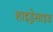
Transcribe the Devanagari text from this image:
हाइड्रेसाइड